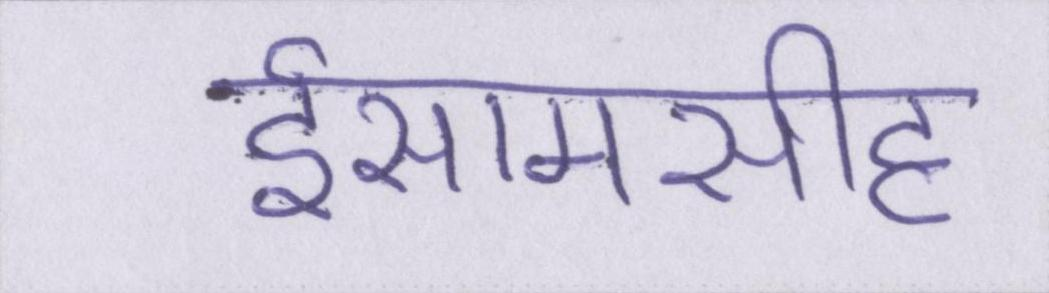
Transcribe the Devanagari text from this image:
ईसामसीह